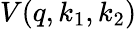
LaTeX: V(q,k_{1},k_{2})